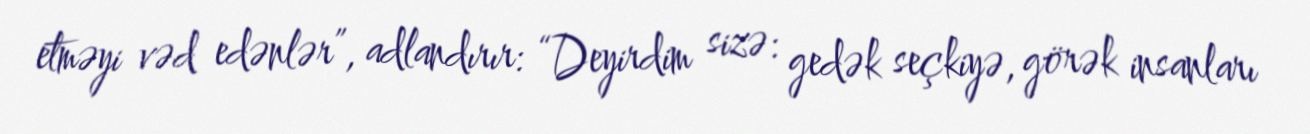
etməyi vəd edənlər”, adlandırır: “Deyirdim sizə: gedək seçkiyə, görək insanları